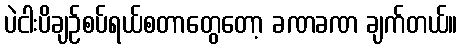
ပဲငါးပိချဉ်စပ်ရယ်စတာတွေတော့ ခဏခဏ ချက်တယ်။